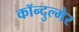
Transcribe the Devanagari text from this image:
कॉन्दुल्मेर